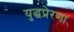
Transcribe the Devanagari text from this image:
युद्धप्रेरणा